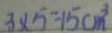
3 \times 5 = 1 5 c m ^ { 3 }